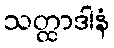
သတ္ထာဒါနံ